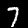
Digit: 7